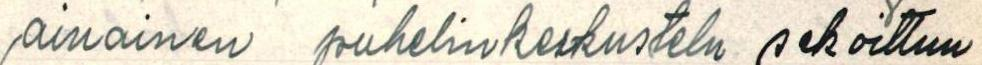
ainainen puhelinkeskustelu sekoittuu